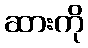
ဆားကို